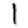
Digit: 1